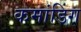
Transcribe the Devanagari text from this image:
कमांडिंग